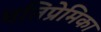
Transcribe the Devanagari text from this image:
पतिप्रेमिका